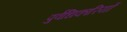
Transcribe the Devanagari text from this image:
पुर्वधिकारियों